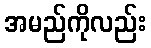
အမည်ကိုလည်း